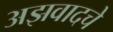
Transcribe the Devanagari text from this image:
अझवादचे